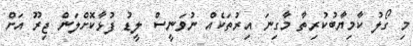
މި ގޯލު ކާމިޔާބުކުރިތާ މާގިނަ އިރުތަކެއް ނުވަނީސް ލީޑު ފުޅާކޮށްލަން ޖިރޫ އަށް